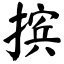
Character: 摈